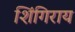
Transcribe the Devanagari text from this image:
शिंगिराय